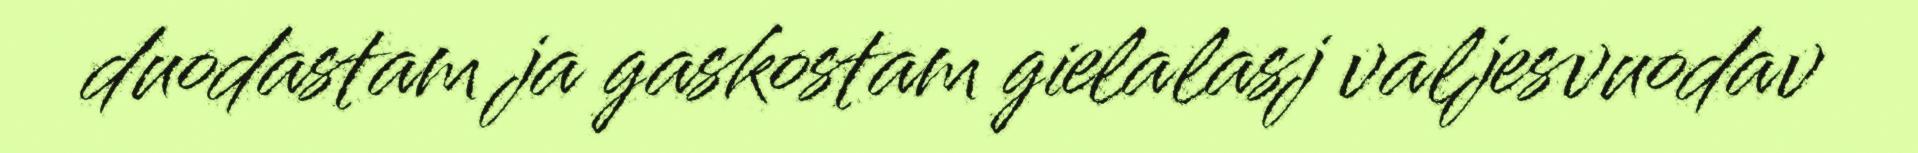
duodastam ja gaskostam gielalasj valjesvuodav